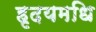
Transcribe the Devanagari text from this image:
हृदयमधि